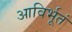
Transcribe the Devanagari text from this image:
आविर्भूतं